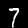
Digit: 7